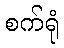
စက်ရုံ